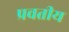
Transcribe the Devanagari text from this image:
प्रवतीय